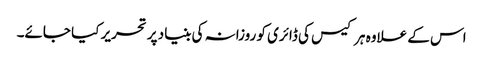
اس کے علاوہ ہر کیس کی ڈائری کو روزانہ کی بنیاد پر تحریر کیا جائے۔